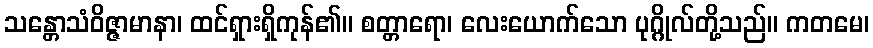
သန္တောသံဝိဇ္ဇာမာနာ၊ ထင်ရှားရှိကုန်၏။ စတ္တာရော၊ လေးယောက်သော ပုဂ္ဂိုလ်တို့သည်။ ကတမေ၊